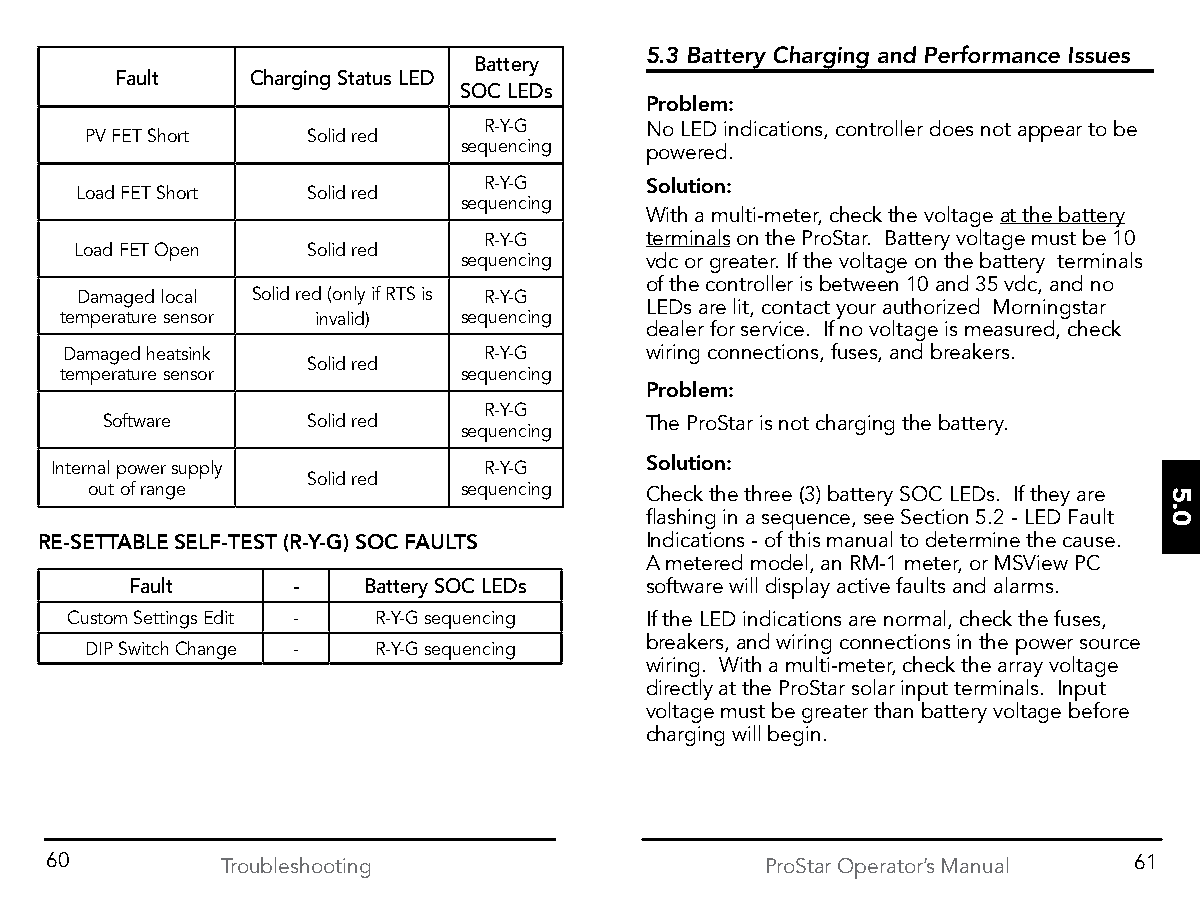
5.3 Battery Charging and Performance Issues
 Battery
 Fault    Charging Status LED
 SOC LEDs
 Problem:
 R-Y-G      No LED indications, controller does not appear to be
 PV FET Short  Solid red
 sequencing  powered.
 R-Y-G      Solution:
 Load FET Short Solid red
 sequencing
 With a multi-meter, check the voltage at the battery
 R-Y-G      terminals on the ProStar. Battery voltage must be 10
 Load FET Open  Solid red
 sequencing  vdc or greater. If the voltage on the battery terminals
 of the controller is between 10 and 35 vdc, and no
 Damaged local Solid red (only if RTS is R-Y-G
 LEDs are lit, contact your authorized Morningstar
 temperature sensor invalid) sequencing
 dealer for service. If no voltage is measured, check
 Damaged heatsink            R-Y-G      wiring connections, fuses, and breakers.
 Solid red
 temperature sensor         sequencing
 Problem:
 R-Y-G
 Software     Solid red              The ProStar is not charging the battery.
 sequencing
 Solution:
 Internal power supply        R-Y-G
 Solid red
 out of range             sequencing  Check the three (3) battery SOC LEDs. If they are
 flashing in a sequence, see Section 5.2 - LED Fault
 RE-SETTABLE SELF-TEST (R-Y-G) SOC FAULTS Indications - of this manual to determine the cause.
 A metered model, an RM-1 meter, or MSView PC
 Fault     -    Battery SOC LEDs   software will display active faults and alarms.
 Custom Settings Edit - R-Y-G sequencing If the LED indications are normal, check the fuses,
 breakers, and wiring connections in the power source
 DIP Switch Change - R-Y-G sequencing
 wiring. With a multi-meter, check the array voltage
 directly at the ProStar solar input terminals. Input
 voltage must be greater than battery voltage before
 charging will begin.
 60          Troubleshooting                     ProStar Operator’s Manual 61
 5.0